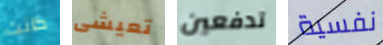
كانت تعيشى تدفعين نفسية